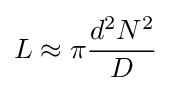
L\approx \pi {d^{2}N^{2} \over D}